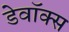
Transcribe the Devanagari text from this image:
डेवॉक्स